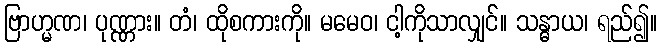
ဗြာဟ္မဏ၊ ပုဏ္ဏား။ တံ၊ ထိုစကားကို။ မမေဝ၊ ငါ့ကိုသာလျှင်။ သန္ဓာယ၊ ရည်၍။